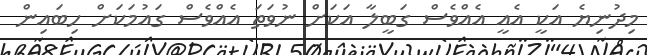
މިދުނިޔެ އަކީ އެއީ އެއްވެސް ގަބީލާ އަކަށް ނުވަތަ އެއްވެސް ގައުމަކަށް ހިބައިން